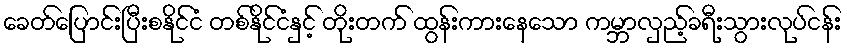
ခေတ်ပြောင်းပြီးစနိုင်ငံ တစ်နိုင်ငံနှင့် တိုးတက် ထွန်းကားနေသော ကမ္ဘာလှည့်ခရီးသွားလုပ်ငန်း